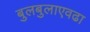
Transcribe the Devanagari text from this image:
बुलबुलाएवढा